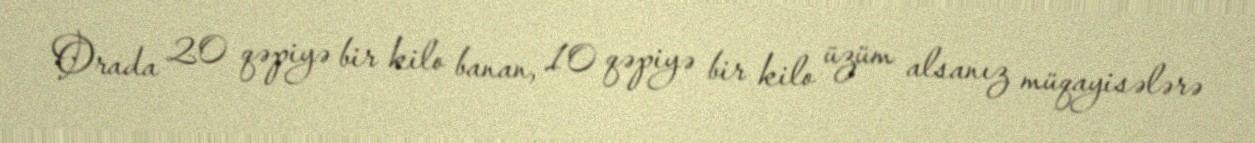
Orada 20 qəpiyə bir kilo banan, 10 qəpiyə bir kilo üzüm alsanız müqayisələrə